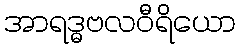
အာရဒ္ဓဗလဝီရိယော